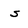
Character: s